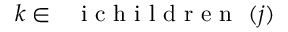
k \in \mathrm { ~ \normalfont ~ { ~ i ~ c ~ h ~ i ~ l ~ d ~ r ~ e ~ n ~ } ~ } ( j )